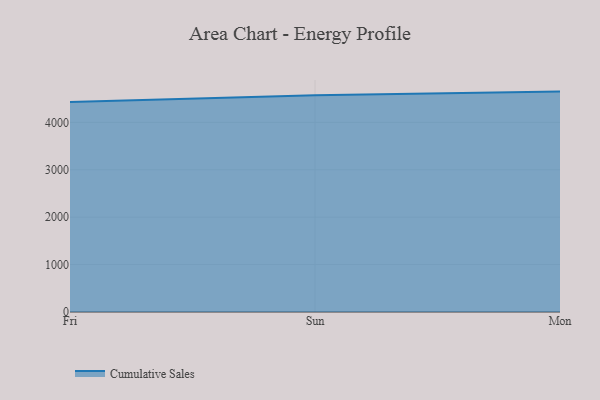
{"axis": {"x": "Day", "y": "Customer Acquisition Cost (USD)"}, "legend": ["Cumulative Sales"], "data": [{"x": "Fri", "y": 4430.8, "type": "Cumulative Sales"}, {"x": "Sun", "y": 4572.2, "type": "Cumulative Sales"}, {"x": "Mon", "y": 4648.6, "type": "Cumulative Sales"}]}